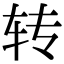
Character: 转